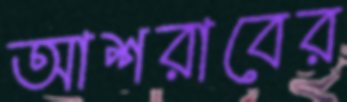
আশরাবের